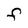
Character: F